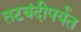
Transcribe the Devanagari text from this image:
तटबंदीपर्यंत